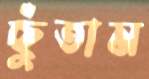
ছুঁতাম